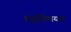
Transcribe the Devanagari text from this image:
तद्वविषयक